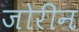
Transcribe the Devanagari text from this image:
जोरीन